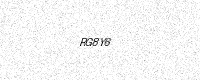
Text: RG8Y6